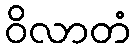
ဝိလာတံ